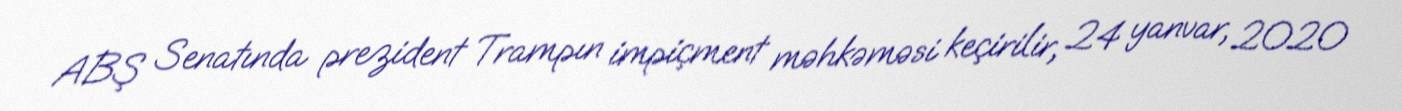
ABŞ Senatında prezident Trampın impiçment məhkəməsi keçirilir, 24 yanvar, 2020